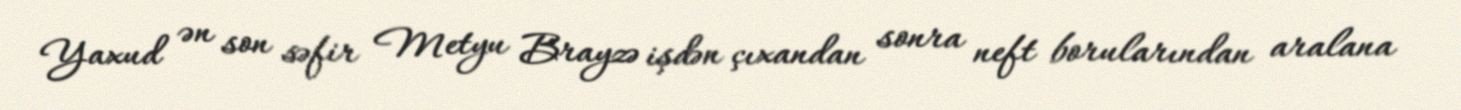
Yaxud ən son səfir Metyu Brayzə işdən çıxandan sonra neft borularından aralana